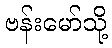
ဗန်းမော်သို့